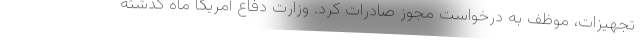
تجهیزات، موظف به درخواست مجوز صادرات کرد. وزارت دفاع آمریکا ماه گذشته